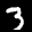
Label: 3